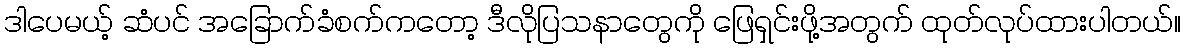
ဒါပေမယ့် ဆံပင် အခြောက်ခံစက်ကတော့ ဒီလိုပြသနာတွေကို ဖြေရှင်းဖို့အတွက် ထုတ်လုပ်ထားပါတယ်။